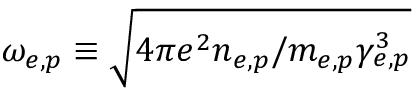
\omega _ { e , p } \equiv \sqrt { 4 \pi e ^ { 2 } n _ { e , p } / m _ { e , p } \gamma _ { e , p } ^ { 3 } }